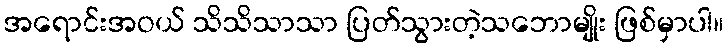
အရောင်းအဝယ် သိသိသာသာ ပြတ်သွားတဲ့သဘောမျိုး ဖြစ်မှာပါ။